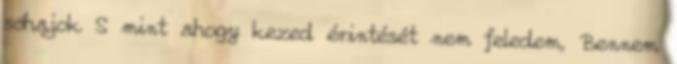
sóhajok S mint ahogy kezed érintését nem feledem, Bennem